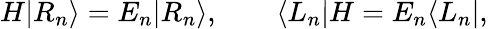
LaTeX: H|R_{n}\rangle=E_{n}|R_{n}\rangle,\qquad\langle L_{n}|H=E_{n}\langle L_{n}|,